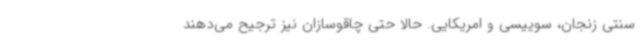
سنتی زنجان، سوییسی و امریکایی. حالا حتی چاقوسازان نیز ترجیح می‌دهند